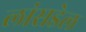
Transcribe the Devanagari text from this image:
लांसडेल